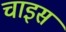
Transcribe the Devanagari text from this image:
चाइस